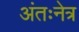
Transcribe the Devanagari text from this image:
अंतःनेत्र